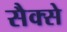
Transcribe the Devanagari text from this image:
सैक्से